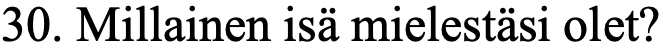
30. Millainen isä mielestäsi olet?